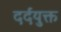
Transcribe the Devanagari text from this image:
दर्दयुक्त